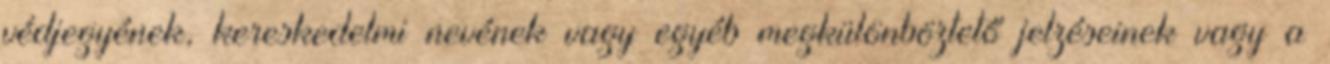
védjegyének, kereskedelmi nevének vagy egyéb megkülönböztető jelzéseinek vagy a